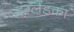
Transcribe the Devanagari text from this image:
इंग्लैंडका